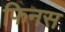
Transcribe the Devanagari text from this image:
फिनस